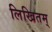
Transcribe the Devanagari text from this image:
लिखितम्